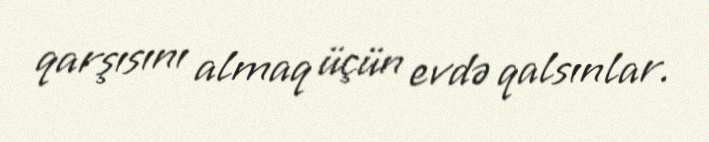
qarşısını almaq üçün evdə qalsınlar.